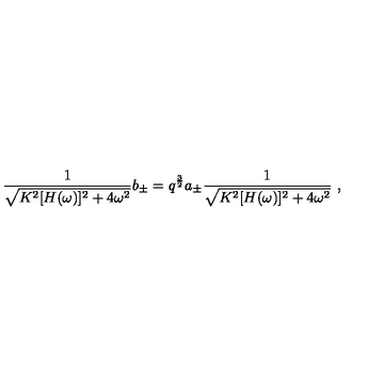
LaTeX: { \frac { 1 } { \sqrt { K ^ { 2 } [ H ( \omega ) ] ^ { 2 } + 4 \omega ^ { 2 } } } } b _ { \pm } = q ^ { \frac { 3 } { 2 } } a _ { \pm } { \frac { 1 } { \sqrt { K ^ { 2 } [ H ( \omega ) ] ^ { 2 } + 4 \omega ^ { 2 } } } } \ ,